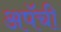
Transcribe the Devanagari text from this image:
अपॅची